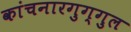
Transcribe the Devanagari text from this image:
कांचनारगुग्गुल